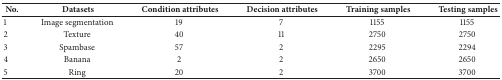
| No. | Datasets | Condition attributes | Decision attributes | Training samples | Testing samples |
 | --- | --- | --- | --- | --- | --- |
 | 1 | Image segmentation | 19 | 7 | 1155 | 1155 |
 | 2 | Texture | 40 | 11 | 2750 | 2750 |
 | 3 | Spambase | 57 | 2 | 2295 | 2294 |
 | 4 | Banana | 2 | 2 | 2650 | 2650 |
 | 5 | Ring | 20 | 2 | 3700 | 3700 |